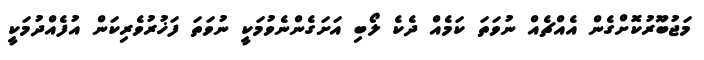
މަޖުބޫރުކޮށްގެން އެއްޗެއް ނުވަތަ ކަމެއް ދެކެ ލޯބި އަށަގެންނެވުމަކީ ނުވަތަ ފަޚުރުވެރިކަން އުފެއްދުމަކީ